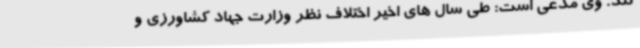
کند. وی مدعی است: طی سال های اخیر اختلاف نظر وزارت جهاد کشاورزی و